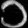
Digit: ၁